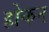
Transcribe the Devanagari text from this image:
होकन